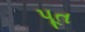
પૂત